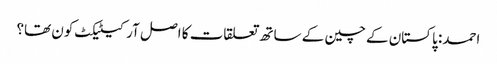
احمد: پاکستان کے چین کے ساتھ تعلقات کا اصل آرکیٹیکٹ کون تھا؟